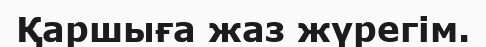
Қаршыға жаз жүрегім.